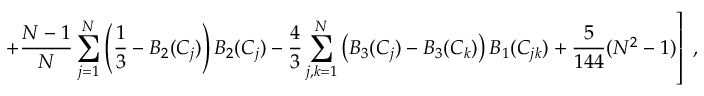
\left. + { \frac { N - 1 } { N } } \sum _ { j = 1 } ^ { N } \left( \frac { 1 } { 3 } - B _ { 2 } ( C _ { j } ) \right) B _ { 2 } ( C _ { j } ) - { \frac { 4 } { 3 } } \sum _ { j , k = 1 } ^ { N } \left( B _ { 3 } ( C _ { j } ) - B _ { 3 } ( C _ { k } ) \right) B _ { 1 } ( C _ { j k } ) + { \frac { 5 } { 1 4 4 } } ( N ^ { 2 } - 1 ) \right] \; ,